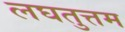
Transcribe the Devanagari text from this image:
लघतुत्तम